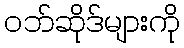
ဝဘ်ဆိုဒ်များကို